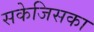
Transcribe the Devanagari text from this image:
सकेजिसका